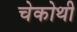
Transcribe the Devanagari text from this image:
चेकोथी